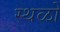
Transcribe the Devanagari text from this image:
स्थळो